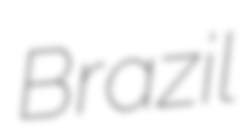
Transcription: Brazil